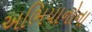
અભિયાનોના